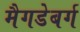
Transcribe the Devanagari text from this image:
मैगडेबर्ग